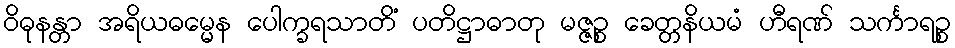
ဝိဓုနန္တာ အရိယဓမ္မေန ပေါက္ခရသာတိံ ပတိဋ္ဌာဓာတု မဇ္ဇဉ္စ ခေတ္တနိယမံ ဟီရဏ် သင်္ကာရဉ္စ